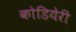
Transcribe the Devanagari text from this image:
कोडियेरी